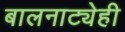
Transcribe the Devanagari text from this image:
बालनाट्येही